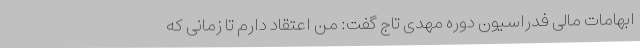
ابهامات مالی فدراسیون دوره مهدی تاج گفت: من اعتقاد دارم تا زمانی که